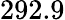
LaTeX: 292.9